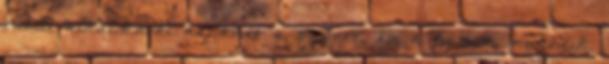
randi alkalmával hajlandó a szexre, ha a kémia működik.